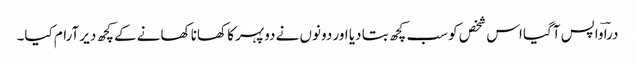
دراؔ واپس آگیا اس شخص کو سب کچھ بتا دیا اور دونوں نے دوپہر کا کھانا کھانے کے کچھ دیر آرام کیا۔